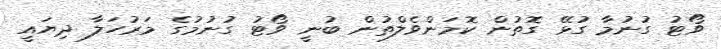
ވޯޓު ގުނުމާ ގުޅޭ ގޮތުން ކޮމަންވެލްތުން ބުނީ ވޯޓު ގުނުމުގެ މަރުހަލާ ދިޔައީ